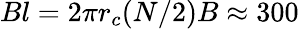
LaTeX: Bl=2\pi r_{c}(N/2)B\approx 300